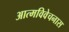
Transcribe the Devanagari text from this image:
आत्मविवेचनास